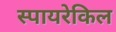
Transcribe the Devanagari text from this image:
स्पायरेकिल